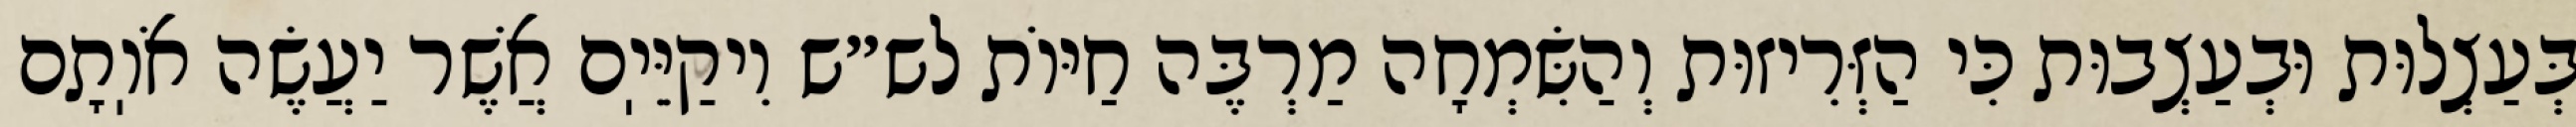
בְּעַצְלוּת וּבְעַצְבוּת כִּי הַזְּרִיזוּת וְהַשִּׂמְחָה מַרְבֶּה חַיּוֹת לש״ש וִיקַיֵּיֽם אֲשֶׁר יַעֲשֶׂה אֹוֽתָם